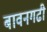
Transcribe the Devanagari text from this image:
बावनगढी